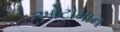
ઓટોમાન